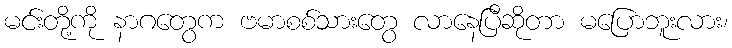
မင်းတို့ကို နာဂတွေက ဗမာစစ်သားတွေ လာနေပြီဆိုတာ မပြောဘူးလား၊